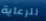
للرعاية